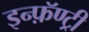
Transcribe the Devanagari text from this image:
इन्फ़ॅण्ट्री